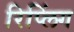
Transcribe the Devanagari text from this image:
रिप्लिंग